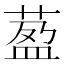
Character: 萾